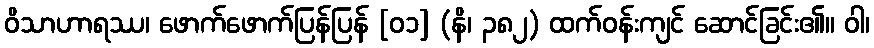
ဝိသာဟာရဿ၊ ဖောက်ဖောက်ပြန်ပြန် [၀၁] (နိ၊ ၃၈၂) ထက်ဝန်းကျင် ဆောင်ခြင်း၏။ ဝါ၊